Lunatic asylums in Bengal annual reports 1888-1898 - 1888-1898
Year: 1888
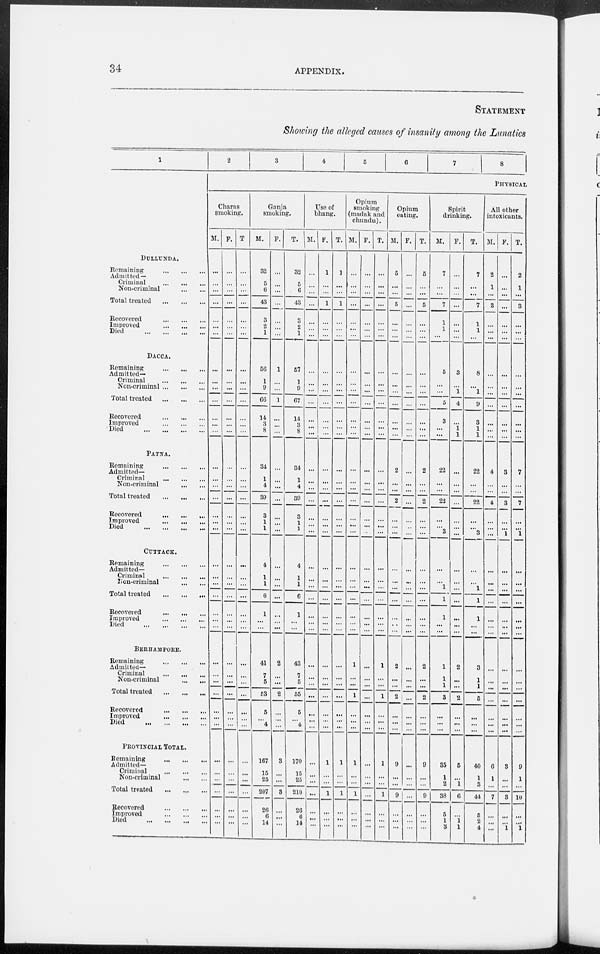
34
APPENDIX.
STATEMENT
Showing the alleged causes of insanity among the Lunatics
1
DULLUNDA.
Remaining ... ... ...
Admitted —
Criminal
...
...
...
Non-criminal
...
...
Total treated
...
...
...
Recovered
...
...
...
Improved
...
...
...
Died ... ... ...
DACCA.
Remaining
...
...
...
Admitted—
Criminal
...
...
...
Non-criminal
...
...
...
Total treated
...
...
...
Recovered
...
...
...
Improved
...
...
...
Died
...
...
...
...
PATNA.
Remaining
...
...
...
Admitted—
Criminal
...
...
...
Non-criminal
...
...
Total treated
...
...
...
Recovered
...
...
...
Improved
...
...
...
Died
...
...
...
...
CUTTACK.
Remaining
...
...
...
Admitted—
Criminal
...
...
...
lion-criminal
...
...
Total treated
...
...
...
Recovered
...
...
...
Improved
...
...
...
Died
...
...
...
...
BERHAMPORE.
Remaining ... ... ...
Admitted—
Criminal ... ... ...
Non-criminal
...
...
Total treated
...
...
...
Recovered
...
...
...
Improved
...
...
...
Died
...
...
...
...
PROVINCIAL TOTAL
Remaining ... ... ...
Admitted—
Criminal ... ... ...
Non-criminal ... ...
Total treated ... ... ...
Recovered ... ... ...
Improved
...
...
...
Died
...
...
...
...
2
3
4
5
6
7
8
PHYSICAL
Charas
smoking.
M.
...
...
...
...
...
...
...
...
...
...
...
...
...
...
...
...
...
...
...
...
...
...
...
...
...
...
...
...
...
...
...
...
...
...
...
...
...
...
...
...
...
...
F.
...
...
...
...
...
...
...
...
...
...
...
...
...
...
...
...
...
...
...
...
...
...
...
...
...
...
...
...
...
...
...
...
...
...
...
...
...
...
...
...
...
T.
...
...
...
...
...
...
...
...
...
...
...
...
...
...
...
...
...
...
...
...
...
...
...
...
...
...
...
...
...
...
...
...
...
...
...
...
...
...
...
...
...
...
Ganja
smoking.
M.
32
5
6
43
3
2
1
56
1
9
66
14
3
8
31
1
4
39
3
1
1
4
1
1
6
...
...
...
41
...
...
...
...
...
...
167
...
...
207
...
...
...
F.
...
...
...
...
...
...
1
...
...
1
...
...
...
...
...
...
...
...
...
...
...
...
...
...
1
...
...
2
7
5
53
5
...
4
3
15
25
3
26
6
14
T.
32
5
6
43
3
2
1
57
1
9
67
14
3
8
34
1
4
39
3
1
1
4
1
1
6
1
43
...
...
2
...
...
...
170
...
...
210
...
...
...
Use of
bhang.
M.
...
...
...
...
...
...
...
...
...
...
...
...
...
...
...
...
...
...
...
...
...
...
...
...
...
...
...
...
...
7
5
55
5
...
4
...
15
25
...
26
6
14
F.
1
...
...
1
...
...
...
...
...
...
...
...
...
...
...
...
...
...
...
...
...
...
...
...
...
...
...
...
...
...
...
...
...
...
1
..
...
1
...
...
...
T.
1
...
...
1
...
...
...
...
...
...
...
...
...
...
...
...
...
...
...
...
...
...
...
...
...
...
...
...
...
...
...
...
...
...
...
1
...
...
1
...
...
...
Opium
smoking
(madak and
chundu).
M.
...
...
...
...
...
...
...
...
...
...
...
...
...
...
...
...
...
...
...
...
...
...
...
...
...
...
...
...
1
...
. ..
1
...
...
...
1
...
...
1
...
...
...
F.
...
...
...
...
...
...
...
...
...
...
..
..
...
...
...
...
...
...
...
...
...
...
...
...
...
...
...
...
...
...
...
...
...
...
...
...
...
...
...
...
...
T.
...
...
...
...
...
...
...
...
...
...
...
...
...
...
...
...
...
...
...
...
...
...
...
...
...
...
...
...
1
...
...
...
...
...
...
1
...
...
1
...
...
...
Opium
eating.
M.
5
...
...
5
...
...
...
...
...
...
...
...
2
...
...
2
...
...
...
...
...
...
...
...
...
...
2
...
...
2
...
...
...
9
...
...
9
...
...
...
F.
...
...
...
...
...
...
...
...
...
...
...
...
...
...
...
...
...
...
...
...
...
...
...
...
...
...
...
...
...
...
...
...
...
...
...
...
...
...
...
...
...
T.
5
...
...
5
...
...
...
...
...
...
...
...
...
...
2
...
...
2
...
...
...
...
...
...
...
...
...
...
2
...
...
2
...
...
...
9
...
...
9
...
...
..
Spirit
drinking.
M.
7
...
...
7
1
1
...
5
...
...
5
3
...
...
22
...
...
22
...
...
3
...
...
1
1
1
...
...
1
1
1
3
...
...
...
35
...
...
38
...
...
...
F.
...
...
...
...
...
...
...
3
...
1
4
...
1
1
...
...
...
..
...
...
..
...
...
...
...
...
...
...
...
...
2
...
...
...
5
1
2
6
5
1
3
T.
7
...
...
7
1
1
...
8
...
1
9
3
1
1
22
...
...
22
...
...
3
...
1
1
1
...
...
2
1
1
5
...
...
...
40
...
1
44
...
1
1
All other
intoxicants.
M.
2
1
...
3
...
...
...
...
...
...
...
...
...
...
4
...
...
4
...
...
...
...
...
...
...
...
...
3
...
...
...
...
...
...
6
1
3 ..
7
5
2 4
F.
...
...
...
...
...
...
...
...
...
...
...
...
...
...
3
...
3
...
...
1
...
...
...
...
...
...
...
...
...
...
..
...
...
...
3
...
...
3
...
...
...
T.
2
1
...
3
...
...
...
...
...
...
...
...
...
...
7
...
...
7
...
...
1
...
...
...
...
...
...
...
...
...
...
...
...
...
9
1
...
10
...
...
1